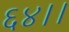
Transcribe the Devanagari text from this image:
६४।।